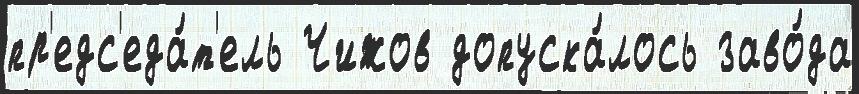
пр'едс'еда́т'ель Чижов допуска́лось заво́да